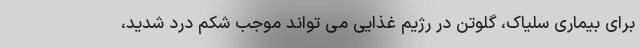
برای بیماری سلیاک، گلوتن در رژیم غذایی می تواند موجب شکم درد شدید،